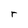
Character: r